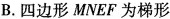
B.四边形MNEF为梯形